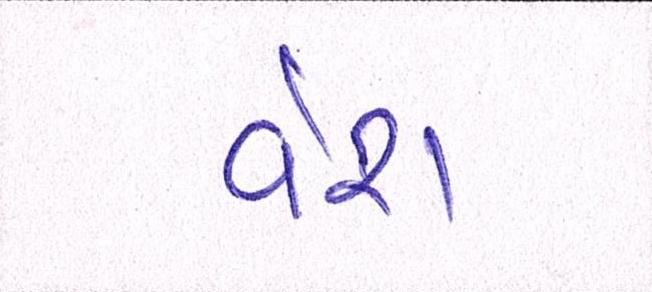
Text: વેશ